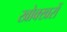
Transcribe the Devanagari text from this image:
खोक्खरों